Destruction of fleas by exposure to the sun - Number 40
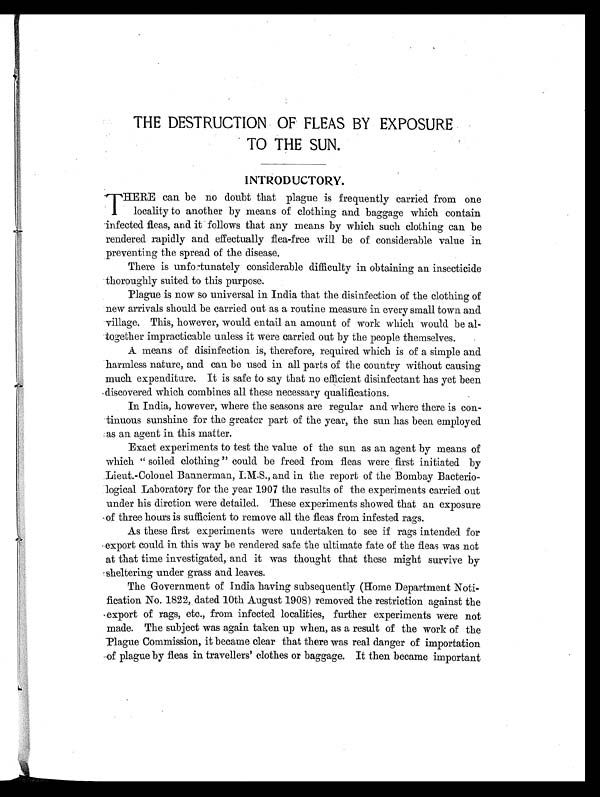
THE DESTRUCTION OF FLEAS BY EXPOSURE
TO THE SUN.
INTRODUCTORY.
T
HERE can be no doubt that plague is frequently carried from one
locality to another by means of clothing and baggage which contain
infected fleas, and it follows that any means by which such clothing can be
rendered rapidly and effectually flea-free will be of considerable value in
preventing the spread of the disease.
There is unfortunately considerable difficulty in obtaining an insecticide
thoroughly suited to this purpose.
Plague is now so universal in India that the disinfection of the clothing of
new arrivals should be carried out as a routine measure in every small town and
village. This, however, would entail an amount of work which would be al-
together impracticable unless it were carried out by the people themselves.
A means of disinfection is, therefore, required which is of a simple and
harmless nature, and can be used in all parts of the country without causing
much expenditure. It is safe to say that no efficient disinfectant has yet been
discovered which combines all these necessary qualifications.
In India, however, where the seasons are regular and where there is con-
tinuous sunshine for the greater part of the year, the sun has been employed
as an agent in this matter.
Exact experiments to test the value of the sun as an agent by means of
which " soiled clothing " could be freed from fleas were first initiated by
Lieut.-Colonel Bannerman, I.M.S., and in the report of the Bombay Bacterio
-logical Laboratory for the year 1907 the results of the experiments carried out
under his dirction were detailed. These experiments showed that an exposure
of three hours is sufficient to remove all the fleas from infested rags.
As these first experiments were undertaken to see if rags intended for
export could in this way be rendered safe the ultimate fate of the fleas was not
at that time investigated, and it was thought that these might survive by
sheltering under grass and leaves.
The Government of India having subsequently (Home Department Noti-
fication No. 1822, dated 10th August 1908) removed the restriction against the
export of rags, etc., from infected localities, further experiments were not
made. The subject was again taken up when, as a result of the work of the
Plague Commission, it became clear that there was real danger of importation
of plague by fleas in travellers' clothes or baggage. It then became important